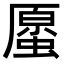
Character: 𧏐